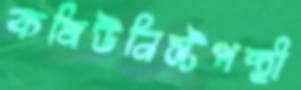
কমিউনিস্টপন্থী